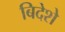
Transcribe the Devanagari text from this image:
बिदेशे